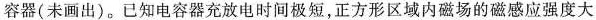
容器(未画出)。已知电容器充放电时间极短，正方形区域内磁场的磁感应强度大